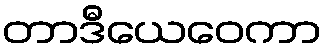
တာဒီယေဝေကာ